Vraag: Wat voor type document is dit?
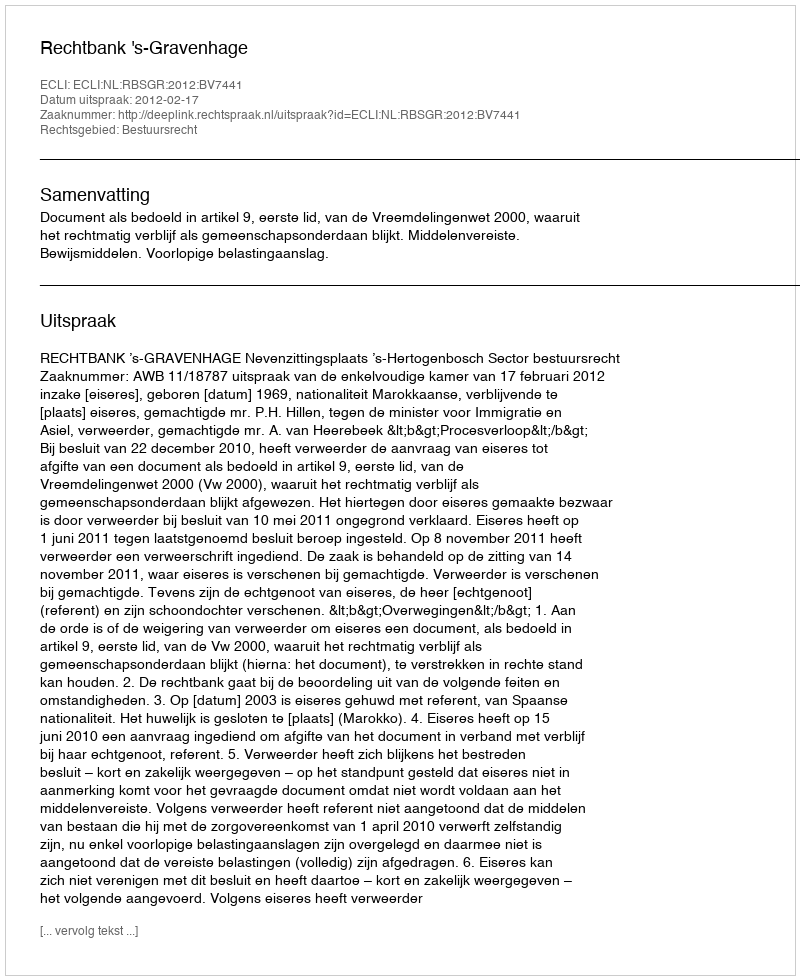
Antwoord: Uitspraak